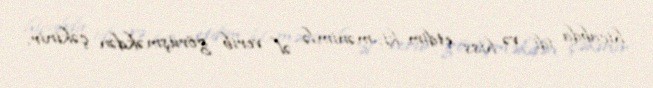
hicabda idi və hiss etdim ki, mənimlə əl verib görüşməkdən çəkinir.